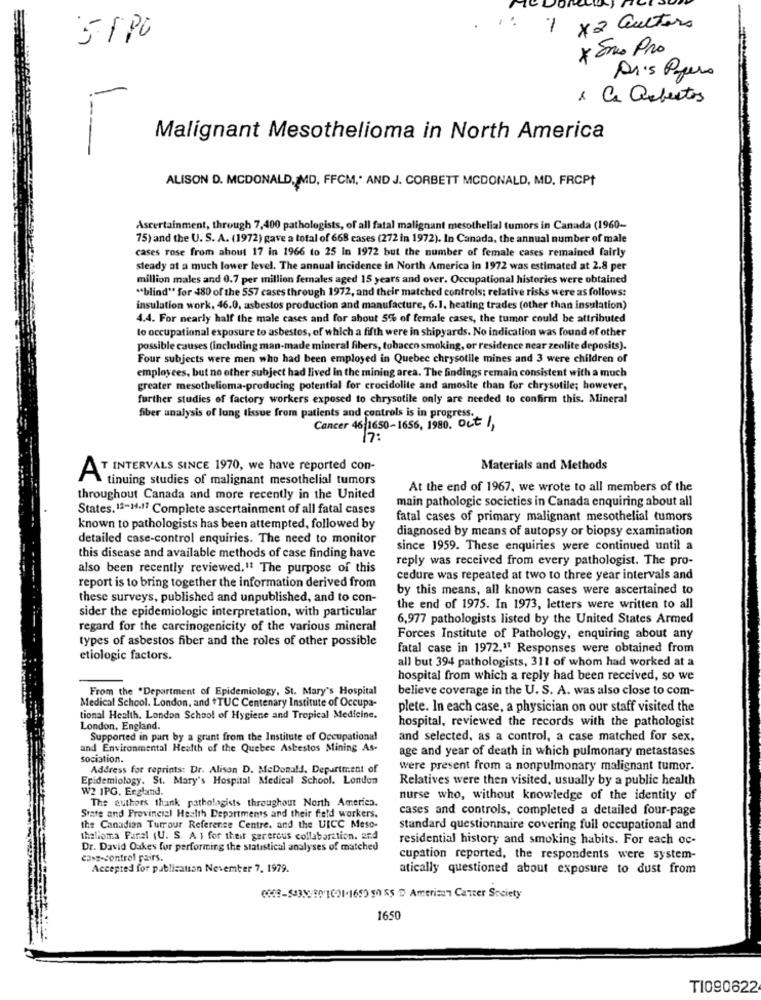
1 x2 Gutters
5 1 PC
* Eno Pro
Dr's Papers
-
1 Ca asbestos
!
Malignant Mesothelioma in North America
ALISON D. MCDONALD, MD, FFCM, AND J. CORBETT MCDONALD, MD, FRCPt
Ascertainment, through 7,400 pathologists, of all fatal malignant mesothelial tumors in Canada (1960-
75) and the U. S. A. (1972) gave a total of 668 cases (272 in 1972). In Canada, the annual number of male
cases rose from about 17 in 1966 to 25 In 1972 but the number of female cases remained fairly
steady at a much lower level. The annual incidence in North America in 1972 was estimated at 2.8 per
million males and 0.7 per million females aged 15 years and over. Occupational histories were obtained
"blind" for 480 of the 557 cases through 1972, and their matched controls; relative risks were as follows:
insulation work, 46.0, asbestos production and manufacture, 6.1. heating trades (other than insulation)
4.4. For nearly half the male cases and for about 5% of female cases, the tumor could be attributed
lo occupational exposure to asbestos, of which a fifth were in shipyards. No indication was found of other
possible causes (including man-made mineral fibers, tobacco smoking, or residence near zeolite deposits).
Four subjects were men who had been employed in Quebec chrysotile mines and 3 were children of
employees, but no other subject had lived in the mining area. The findings remain consistent with a much
greater mesothelioma-producing potential for crocidolite and amosite than for chrysotile; however,
further studies of factory workers exposed to chrysotile only are needed to confirm this. Mineral
Siber analysis of lung tissue from patients and controls is in progress.
Cancer 46-1650-1656, 1980. Oct 1,
17:
AT INTERVALS SINCE 1970, we have reported con-
Materials and Methods
tinuing studies of malignant mesothelial tumors
At the end of 1967. we wrote to all members of the
throughout Canada and more recently in the United
main pathologic societies in Canada enquiring about all
States. 11-M.17 Complete ascertainment of all fatal cases
fatal cases of primary malignant mesothelial tumors
known to pathologists has been attempted, followed by
diagnosed by means of autopsy or biopsy examination
detailed case-control enquiries. The need to monitor
since 1959. These enquiries were continued until a
this disease and available methods of case finding have
reply was received from every pathologist. The pro-
also been recently reviewed.11 The purpose of this
cedure was repeated at two to three year intervals and
report is to bring together the information derived from
by this means, all known cases were ascertained to
these surveys, published and unpublished, and to con-
sider the epidemiologic interpretation, with particular
the end of 1975. In 1973, letters were written to all
6,977 pathologists listed by the United States Armed
regard for the carcinogenicity of the various mineral
types of asbestos fiber and the roles of other possible
Forces Institute of Pathology, enquiring about any
fatal case in 1972." Responses were obtained from
etiologic factors.
all but 394 pathologists, 311 of whom had worked at a
hospital from which a reply had been received, so we
From the .Department of Epidemiology, St. Mary's Hospital
believe coverage in the U. S. A. was also close to com-
Medical School. London, and TUC Centenary Institute of Occupa-
plete. In each case, a physician on our staff visited the
tional Health. London School of Hygiene and Tropical Medicine.
hospital, reviewed the records with the pathologist
London, England.
Supported in part by a grunt from the Institute of Occupational
and selected, as a control, a case matched for sex.
and Environmental Health of the Quebec Asbestos Mining As-
age and year of death in which pulmonary metastases
sociation.
Address for reprints: Dr. Alison D. MeDonald, Department of
were present from a nonpulmonary malignant tumor.
Epidemiology. St. Mary's Hospital Medical School. London
Relatives were then visited, usually by a public health
W2 1PG. England.
The authors thank pathologists throughout North America.
nurse who, without knowledge of the identity of
cases and controls, completed a detailed four-page
State and Provincial Health Departments and their field workers.
the Canadian Turrour Reference Centre, and the UICC Meso-
standard questionnaire covering full occupational and
thelioma Paral (U. S. A ) for their gerercus collaboration. and
residential history and smoking habits. For each oc-
Dr. David Oakes for performing the statistical analyses of matched
casz-control pairs.
cupation reported, the respondents were system-
Accepted for publication November 7. 1979.
atically questioned about exposure to dust from
(08-53X801621-1659955 D Amerisun Cancer Society
1650
T1090622